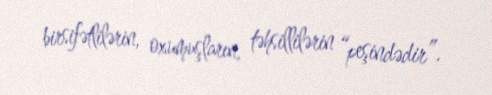
birsifətlilərin, oxumuşların, təhsillilərin “peşindədir”.